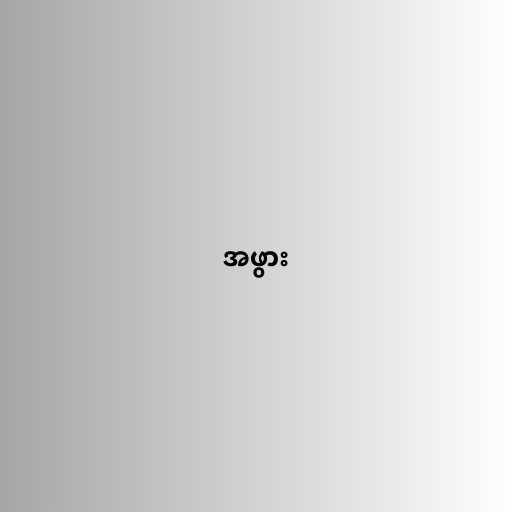
အဖွား